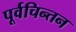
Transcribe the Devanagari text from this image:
पूर्वचिन्तन